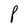
Character: P